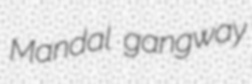
Mandal gangway